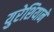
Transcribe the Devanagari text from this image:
युरेशियाने